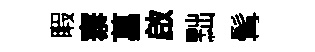
睱寨菖啟黜髯